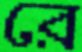
রে